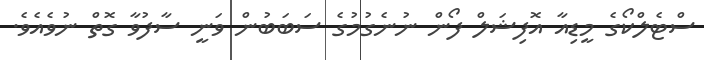
ސްޓެލްކޯގެ މީޑިއާ އޮފިޝަލް ފޯން ނުނެގުމުގެ ސަބަބުން ވަނީ ސާފުވާ ގޮތް ނުވެއެވެ.